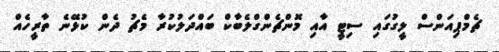
ޗެމްޕިއަންސް ލީގުގައި ސިޓީ އާއި މޮންޗެންގްލެބާކް ބައްދަލުކުރާ މެޗު ދެން ކުޅޭނެ ތާރީހެއް